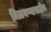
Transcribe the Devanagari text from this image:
मिळवण्यासाठीच